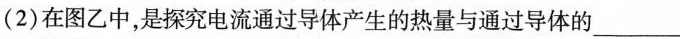
(2)在图乙中，是探究电流通过导体产生的热量与通过导体的___